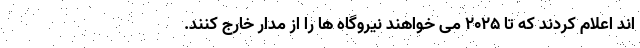
اند اعلام کردند که تا ۲۰۲۵ می خواهند نیروگاه ها را از مدار خارج کنند.